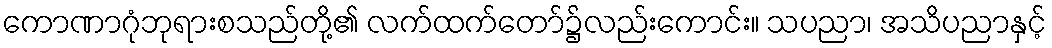
ကောဏာဂုံဘုရားစသည်တို့၏ လက်ထက်တော်၌လည်းကောင်း။ သပညာ၊ အသိပညာနှင့်